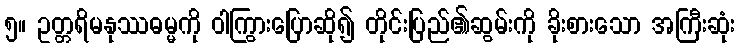
၅။ ဥတ္တရိမနုဿဓမ္မကို ဝါကြွားပြောဆို၍ တိုင်းပြည်၏ဆွမ်းကို ခိုးစားသော အကြီးဆုံး